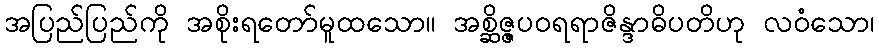
အပြည်ပြည်ကို အစိုးရတော်မူထသော။ အစ္ဆိဇ္ဇပဝရရာဇိန္ဒာဓိပတိဟု လဝံသော၊